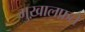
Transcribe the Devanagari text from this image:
मुख़ालफ़ते